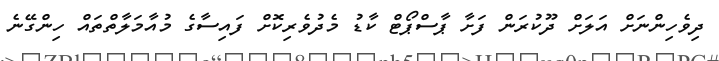
ދިވެހިންނަށް އަލަށް ދޫކުރަން ފަށާ ޕާސްޕޯޓް ކާޑު މެދުވެރިކޮށް ފައިސާގެ މުއާމަލާތްތައް ހިންގޭނެ